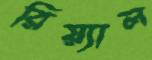
রিয়্যাল